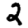
Digit: 2